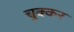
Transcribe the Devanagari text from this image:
चुक्कर